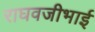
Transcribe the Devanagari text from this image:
राघवजीभाई